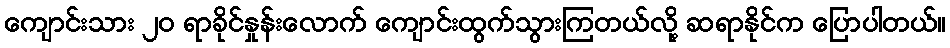
ကျောင်းသား ၂၀ ရာခိုင်နှုန်းလောက် ကျောင်းထွက်သွားကြတယ်လို့ ဆရာနိုင်က ပြောပါတယ်။